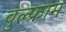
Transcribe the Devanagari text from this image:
वुल्फ्राम